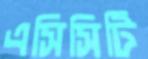
এসিসিটি